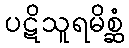
ပဋိသူရမိစ္ဆံ